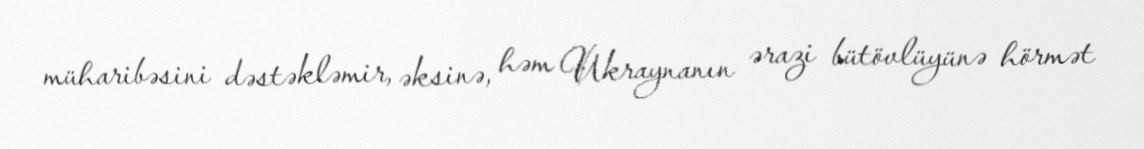
müharibəsini dəstəkləmir, əksinə, həm Ukraynanın ərazi bütövlüyünə hörmət